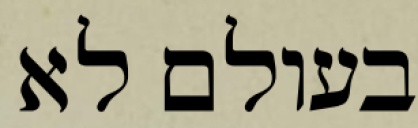
בעולם לא